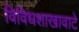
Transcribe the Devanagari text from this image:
विविधशाखावाटे